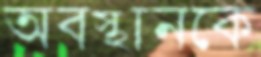
অবস্থানকে